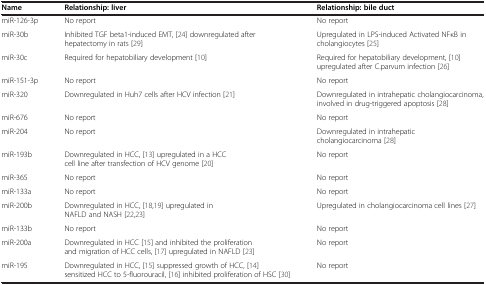
<table><thead><tr><td><b>Name</b></td><td><b>Relationship: liver</b></td><td><b>Relationship: bile duct</b></td></tr></thead><tbody><tr><td>miR-126-3p</td><td>No report</td><td>No report</td></tr><tr><td>miR-30b</td><td>Inhibited TGF beta1-induced EMT, [24] downregulated after hepatectomy in rats [29]</td><td>Upregulated in LPS-induced Activated NFκB in cholangiocytes [25]</td></tr><tr><td>miR-30c</td><td>Required for hepatobiliary development [10]</td><td>Required for hepatobiliary development, [10] upregulated after C.parvum infection [26]</td></tr><tr><td>miR-151-3p</td><td>No report</td><td>No report</td></tr><tr><td>miR-320</td><td>Downregulated in Huh7 cells after HCV infection [21]</td><td>Downregulated in intrahepatic cholangiocarcinoma, involved in drug-triggered apoptosis [28]</td></tr><tr><td>miR-676</td><td>No report</td><td>No report</td></tr><tr><td>miR-204</td><td>No report</td><td>Downregulated in intrahepatic cholangiocarcinoma [28]</td></tr><tr><td>miR-193b</td><td>Downregulated in HCC, [13] upregulated in a HCC cell line after transfection of HCV genome [20]</td><td>No report</td></tr><tr><td>miR-365</td><td>No report</td><td>No report</td></tr><tr><td>miR-133a</td><td>No report</td><td>No report</td></tr><tr><td>miR-200b</td><td>Downregulated in HCC, [18,19] upregulated in NAFLD and NASH [22,23]</td><td>Upregulated in cholangiocarcinoma cell lines [27]</td></tr><tr><td>miR-133b</td><td>No report</td><td>No report</td></tr><tr><td>miR-200a</td><td>Downregulated in HCC [15] and inhibited the proliferation and migration of HCC cells, [17] upregulated in NAFLD [23]</td><td>No report</td></tr><tr><td>miR-195</td><td>Downregulated in HCC, [15] suppressed growth of HCC, [14] sensitized HCC to 5-fluorouracil, [16] inhibited proliferation of HSC [30]</td><td>No report</td></tr></tbody></table>